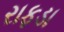
રાફડા